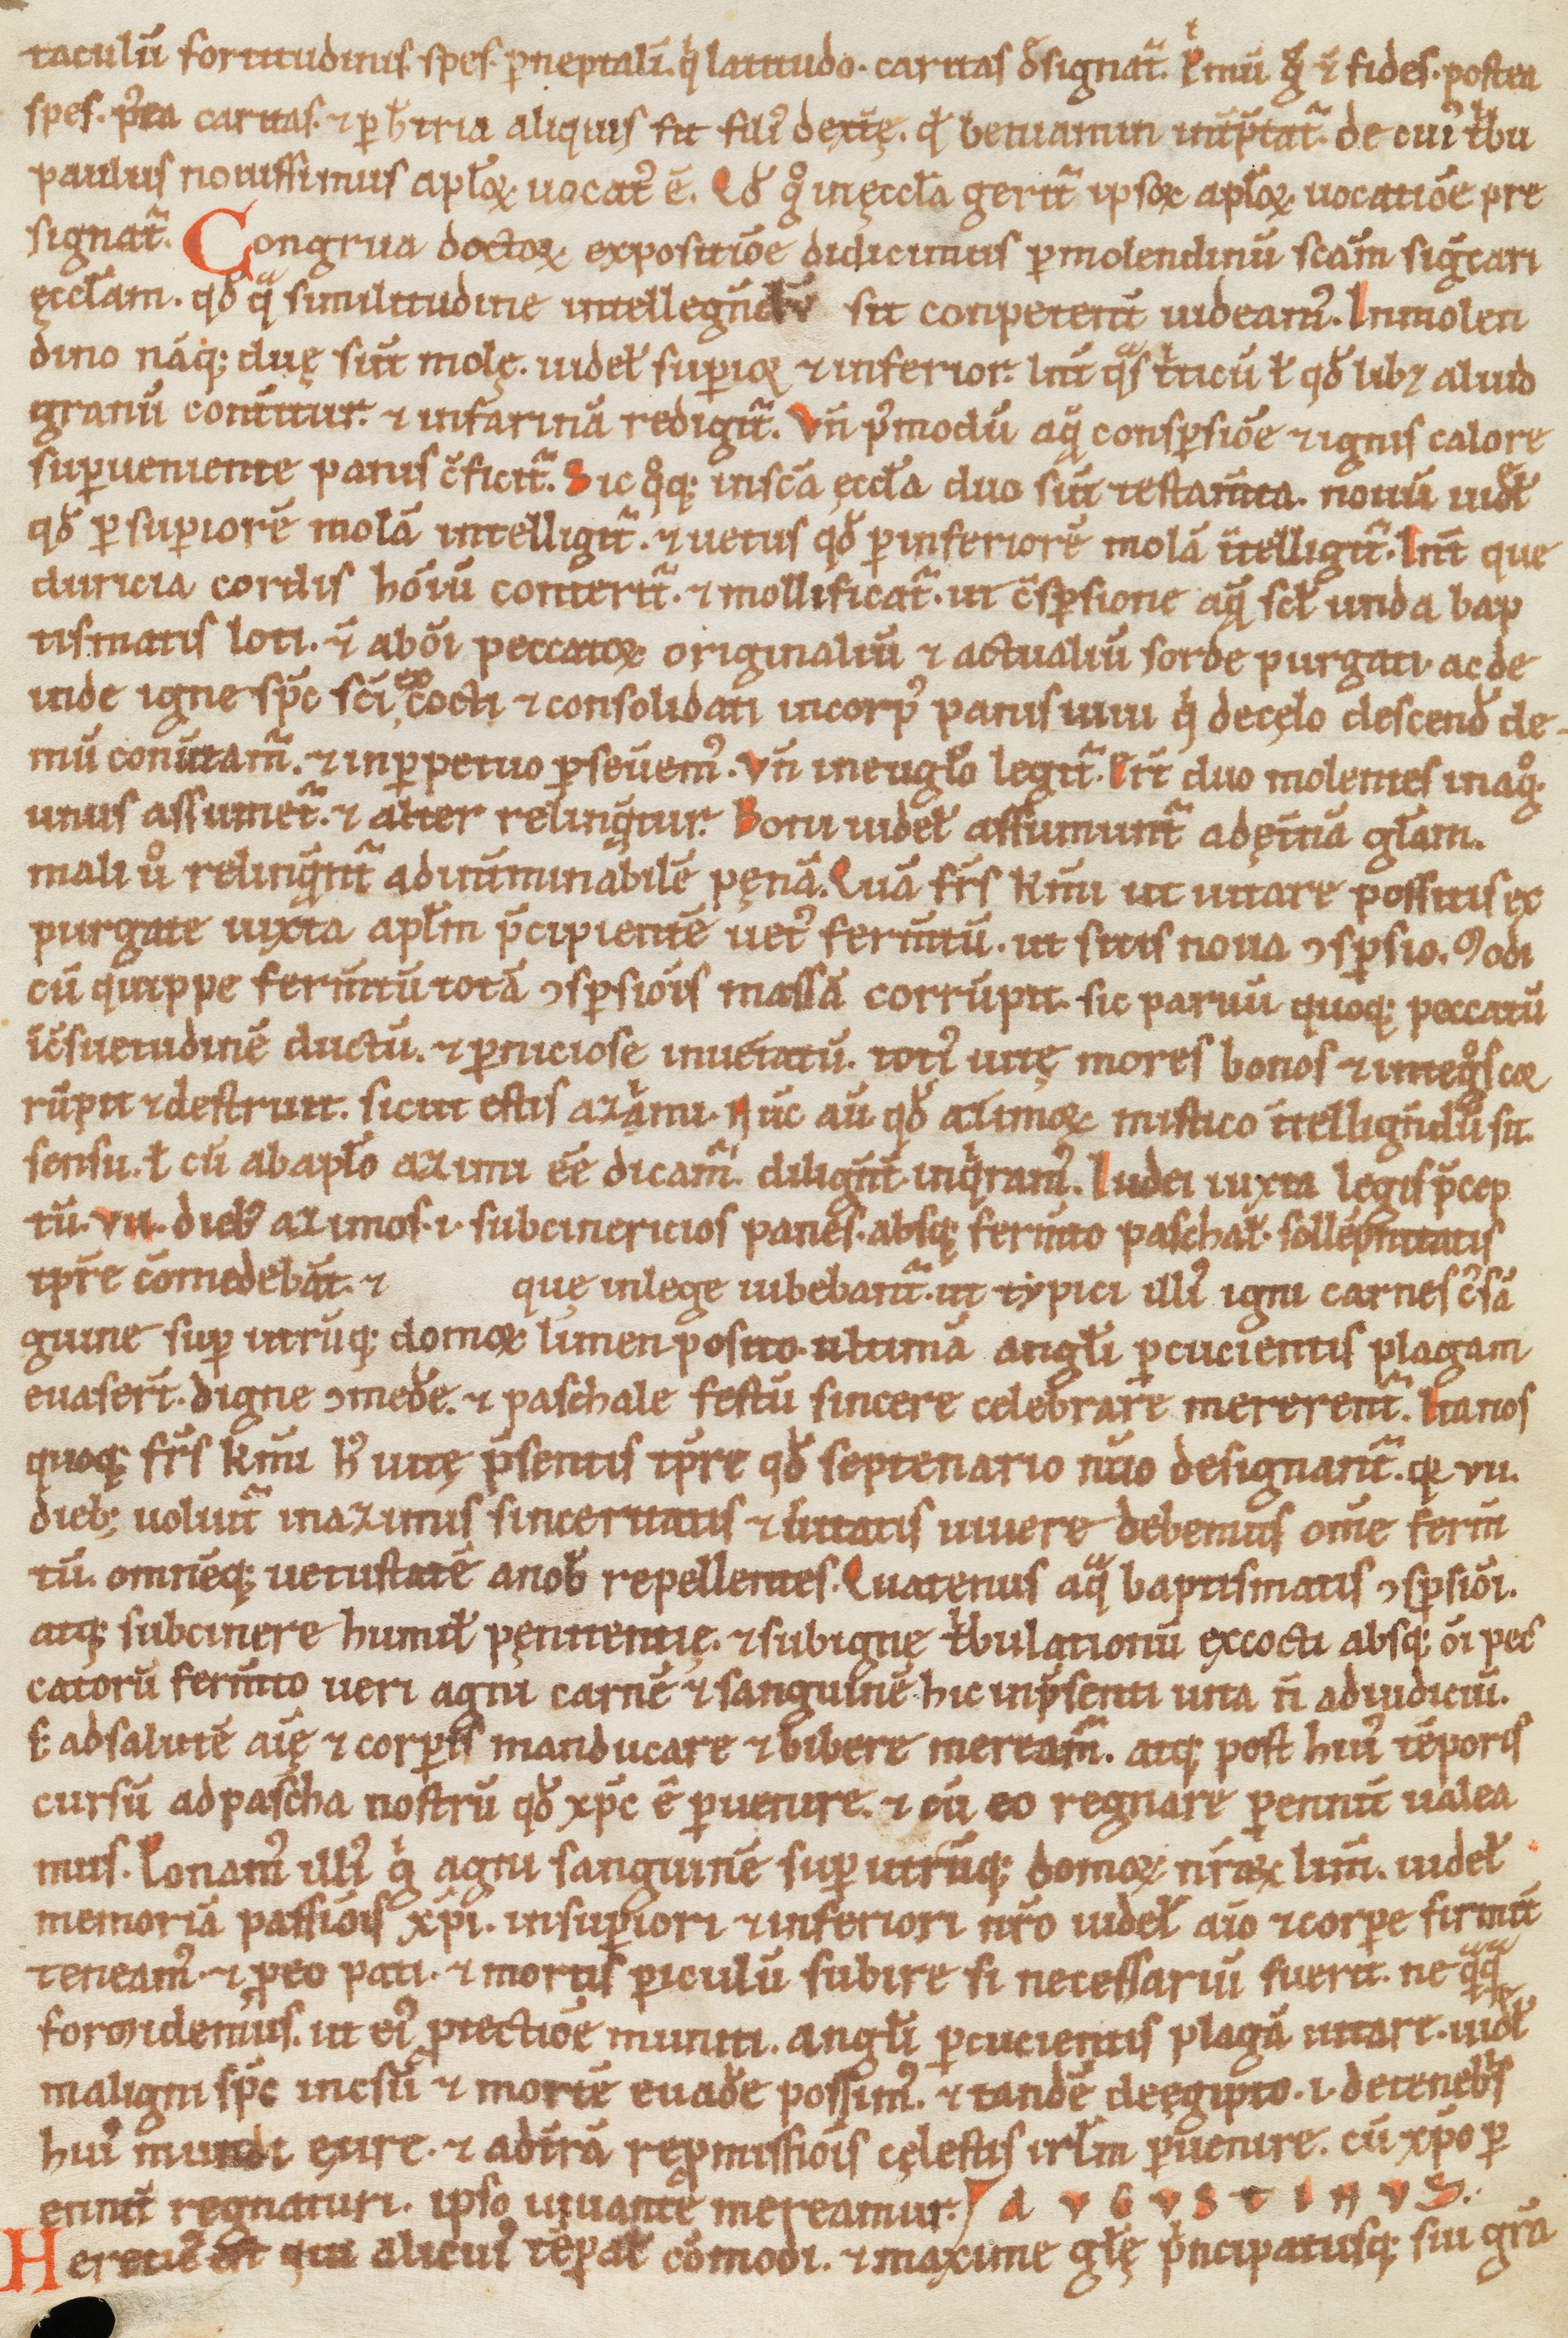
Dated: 1100–1199